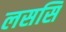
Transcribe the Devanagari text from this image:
लससि